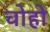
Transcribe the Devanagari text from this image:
चोहो